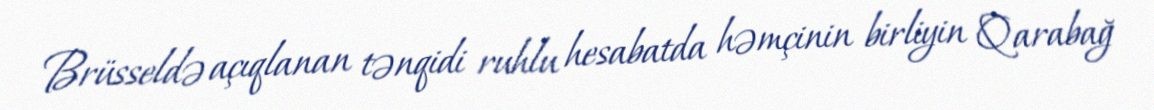
Brüsseldə açıqlanan tənqidi ruhlu hesabatda həmçinin birliyin Qarabağ